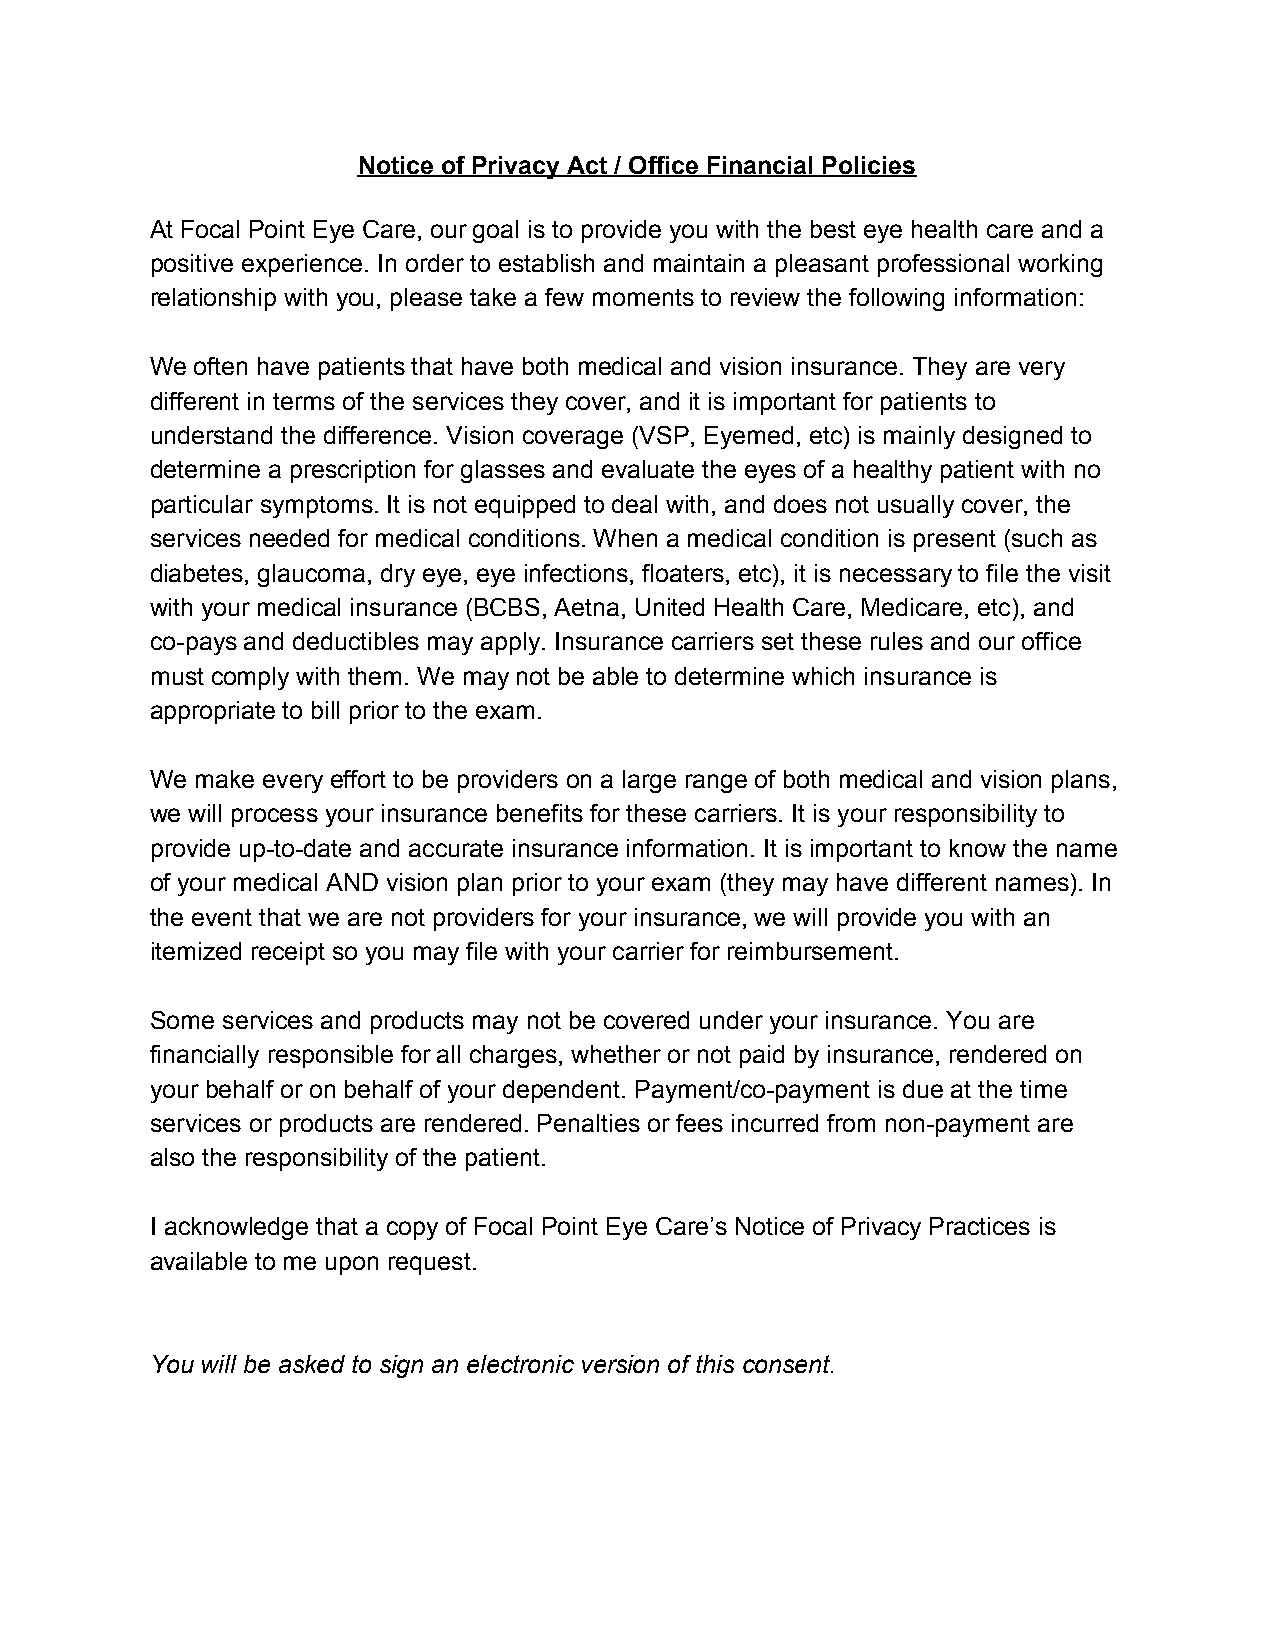
Notice of Privacy Act / Office Financial Policies
 At Focal Point Eye Care, our goal is to provide you with the best eye health care and a
 positive experience. In order to establish and maintain a pleasant professional working
 relationship with you, please take a few moments to review the following information:
 We often have patients that have both medical and vision insurance. They are very
 different in terms of the services they cover, and it is important for patients to
 understand the difference. Vision coverage (VSP, Eyemed, etc) is mainly designed to
 determine a prescription for glasses and evaluate the eyes of a healthy patient with no
 particular symptoms. It is not equipped to deal with, and does not usually cover, the
 services needed for medical conditions. When a medical condition is present (such as
 diabetes, glaucoma, dry eye, eye infections, floaters, etc), it is necessary to file the visit
 with your medical insurance (BCBS, Aetna, United Health Care, Medicare, etc), and
 co-pays and deductibles may apply. Insurance carriers set these rules and our office
 must comply with them. We may not be able to determine which insurance is
 appropriate to bill prior to the exam.
 We make every effort to be providers on a large range of both medical and vision plans,
 we will process your insurance benefits for these carriers. It is your responsibility to
 provide up-to-date and accurate insurance information. It is important to know the name
 of your medical AND vision plan prior to your exam (they may have different names). In
 the event that we are not providers for your insurance, we will provide you with an
 itemized receipt so you may file with your carrier for reimbursement.
 Some services and products may not be covered under your insurance. You are
 financially responsible for all charges, whether or not paid by insurance, rendered on
 your behalf or on behalf of your dependent. Payment/co-payment is due at the time
 services or products are rendered. Penalties or fees incurred from non-payment are
 also the responsibility of the patient.
 I acknowledge that a copy of Focal Point Eye Care’s Notice of Privacy Practices is
 available to me upon request.
 You will be asked to sign an electronic version of this consent.